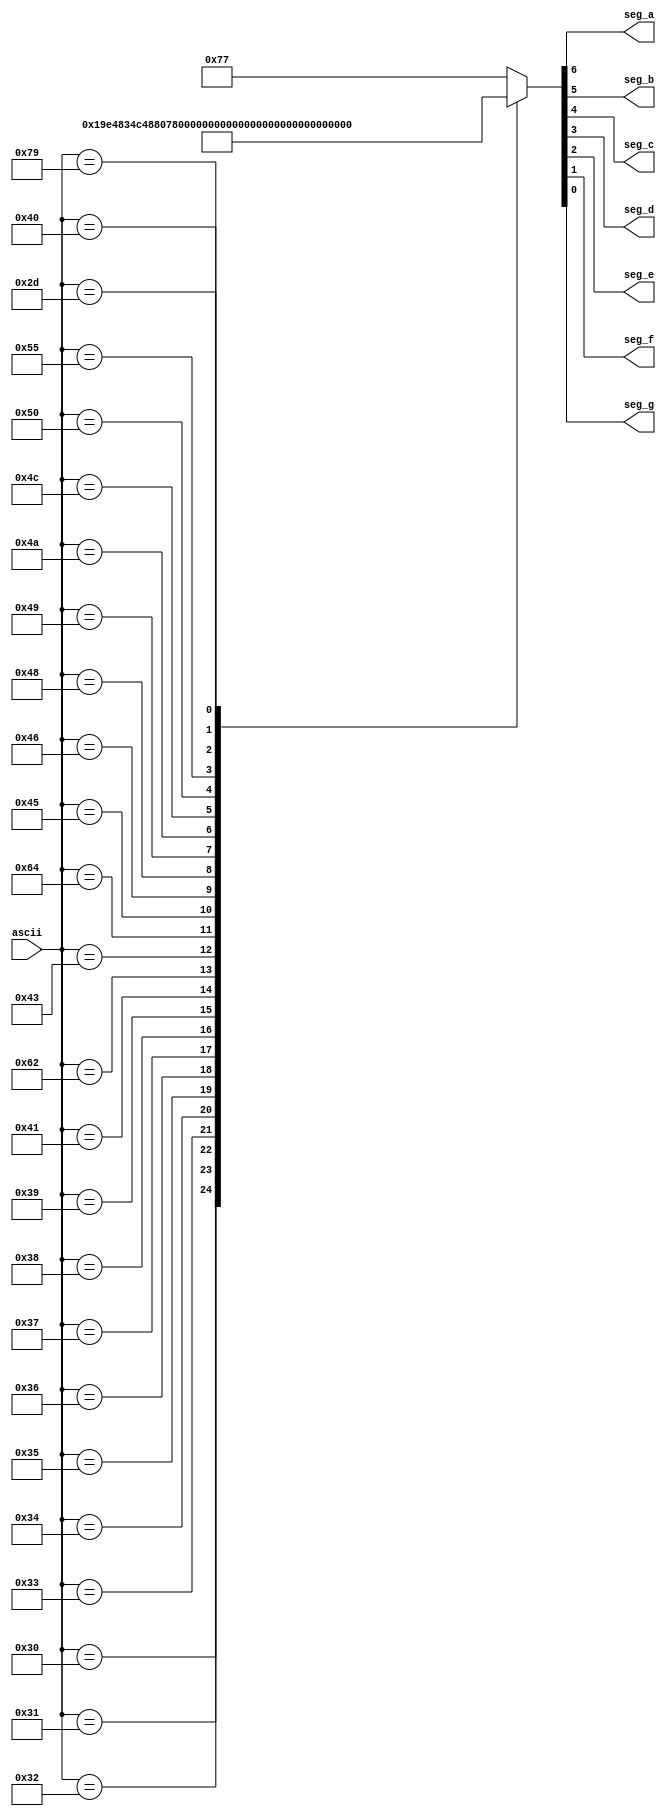
//////////////////////////////////////////////////////////////////////////////////
//  Company: ITESO
//  Engineers: Braulio Martinez Aceves, Jorge Alberto Padilla Gutierrez
//  Module Description: Decoder: ascii to 7 segment display*/
//////////////////////////////////////////////////////////////////////////////////
module ascii_2_7_seg (
input [7:0] ascii,
output seg_a,
output seg_b,
output seg_c,
output seg_d,
output seg_e,
output seg_f,
output seg_g);

reg [6:0] abcdefg;

always @(ascii)
begin
	case (ascii)
		8'd48:  abcdefg = 7'b0000001; //0
		8'd49:  abcdefg = 7'b1001111; //1
		8'd50:  abcdefg = 7'b0010010; //2
		8'd51:  abcdefg = 7'b0000110; //3
		8'd52:  abcdefg = 7'b1001100; //4
		8'd53:  abcdefg = 7'b0100100; //5
		8'd54:  abcdefg = 7'b0100000; //6
		8'd55:  abcdefg = 7'b0001111; //7
		8'd56:  abcdefg = 7'b0000000; //8
		8'd57:  abcdefg = 7'b0001100; //9
		8'd65:  abcdefg = 7'b0001000; //A
		8'd98:  abcdefg = 7'b1100000; //b
		8'd67:  abcdefg = 7'b0110001; //C
		8'd100: abcdefg = 7'b1000010; //d
		8'd69:  abcdefg = 7'b0110000; //E
		8'd70:  abcdefg = 7'b0111000; //F
		8'd72:  abcdefg = 7'b1001000; //H
		8'd73:  abcdefg = 7'b1111001; //I
		8'd74:  abcdefg = 7'b1000011; //J
		8'd76:  abcdefg = 7'b1110001; //L
		8'd80:  abcdefg = 7'b0011000; //P
		8'd85:  abcdefg = 7'b1000001; //U
		8'd121: abcdefg = 7'b1000100; //y
		8'd64:  abcdefg = 7'b0000010; //@
		8'd45:  abcdefg = 7'b1111110; //-
		
		
		default:abcdefg = 7'b1110111;
	endcase

end


assign {seg_a, seg_b, seg_c, seg_d, seg_e, seg_f, seg_g} = abcdefg;

endmodule